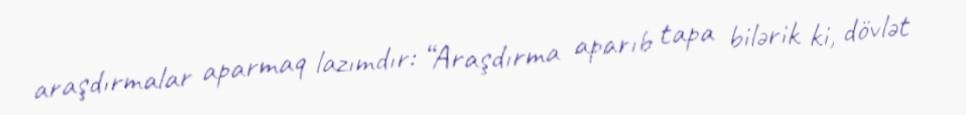
araşdırmalar aparmaq lazımdır: “Araşdırma aparıb tapa bilərik ki, dövlət